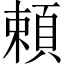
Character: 頼